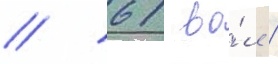
/ 61 во́л /